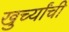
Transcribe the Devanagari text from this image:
खुर्च्यांची